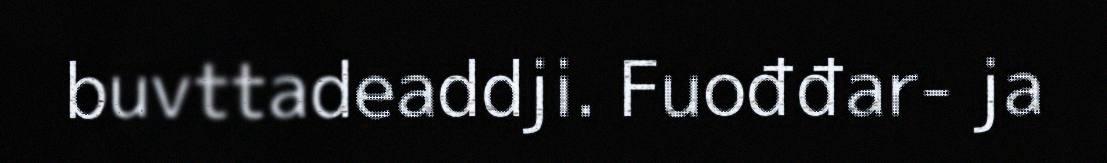
buvttadeaddji. Fuođđar- ja